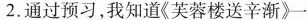
2.通过预习，我知道《芙蓉楼送辛渐》一